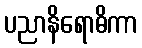
ပညာနိရောဓိကာ